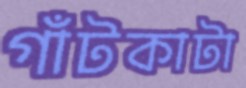
গাঁটকাটা